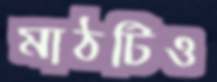
মাঠটিও